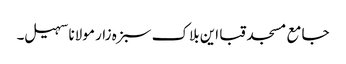
جامع مسجد قبا این بلاک سبزہ زار مولانا سہیل۔